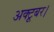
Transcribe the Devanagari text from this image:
अक्टूबर।